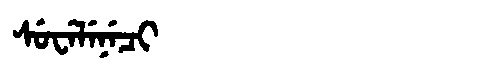
Manchu: ᠰᡠᠸᡝᠯᡝᠨᡝᠴᡳ
Romanization: SUWELENECI